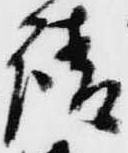
請